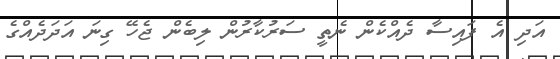
އަދި އެ ފައިސާ ދެއްކެން ނެތީ ސަރުކާރުން ލިބެން ޖެހޭ ގިނަ އަދަދެއްގެ